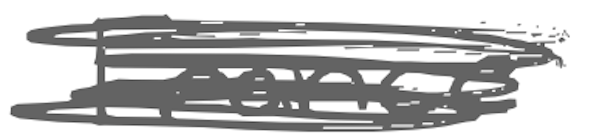
Text: France
Cross-out: scratch
Writing tool: digital_gray